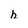
Character: h